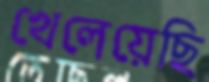
খেলেয়েছি